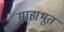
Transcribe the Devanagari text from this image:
साह्यभूत